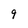
Character: 9